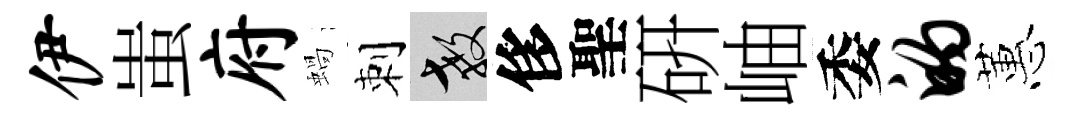
伊蚩府蝸刺教侈聖硏岫委的蕙